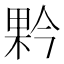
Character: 𭪥